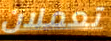
تعملان